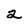
Character: 2